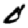
Digit: 0